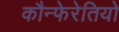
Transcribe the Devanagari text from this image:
कौन्फेरेतियो